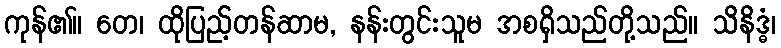
ကုန်၏။ တေ၊ ထိုပြည့်တန်ဆာမ, နန်းတွင်းသူမ အစရှိသည်တို့သည်။ သိနိဒ္ဓံ၊